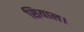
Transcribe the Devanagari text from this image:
सियाल।